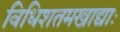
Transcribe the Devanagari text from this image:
विधिशतमखाद्याः